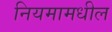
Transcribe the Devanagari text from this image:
नियमामधील